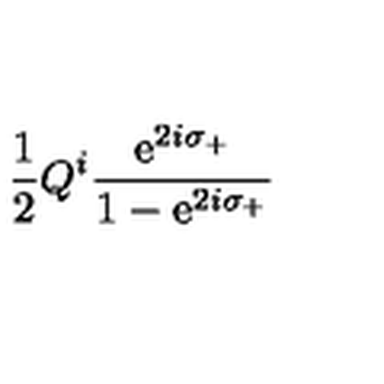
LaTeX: \frac { 1 } { 2 } Q ^ { i } \frac { \mathrm { e } ^ { 2 i \sigma _ { + } } } { 1 - \mathrm { e } ^ { 2 i \sigma _ { + } } }